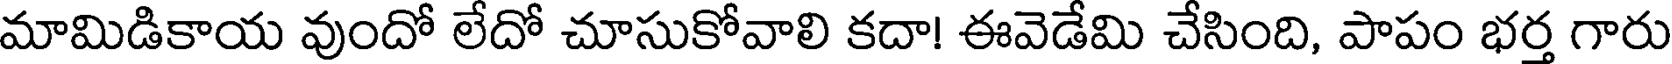
మామిడికాయ వుందో లేదో చూసుకోవాలి కదా! ఈవెడేమి చేసింది, పాపం భర్త గారు